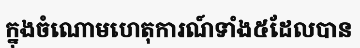
ក្នុងចំណោមហេតុការណ៍ទាំង៥ដែលបាន